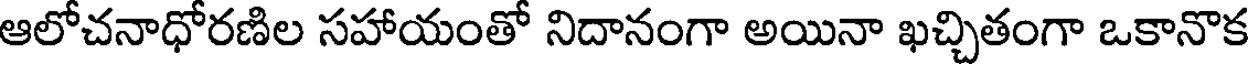
ఆలోచనాధోరణిల సహాయంతో నిదానంగా అయినా ఖచ్చితంగా ఒకానొక